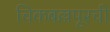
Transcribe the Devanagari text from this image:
चिकबल्लपूरची